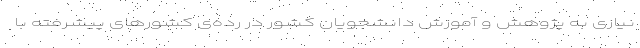
نیازی به پژوهش و آموزش دانشجویان کشور در رده‌ی کشورهای پیشرفته با